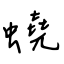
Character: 蟯